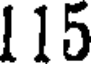
115